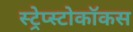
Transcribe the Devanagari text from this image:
स्ट्रेप्स्टोकॉकस